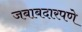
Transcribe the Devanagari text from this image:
जबाबदारपणे